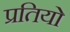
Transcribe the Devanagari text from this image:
प्रतियो